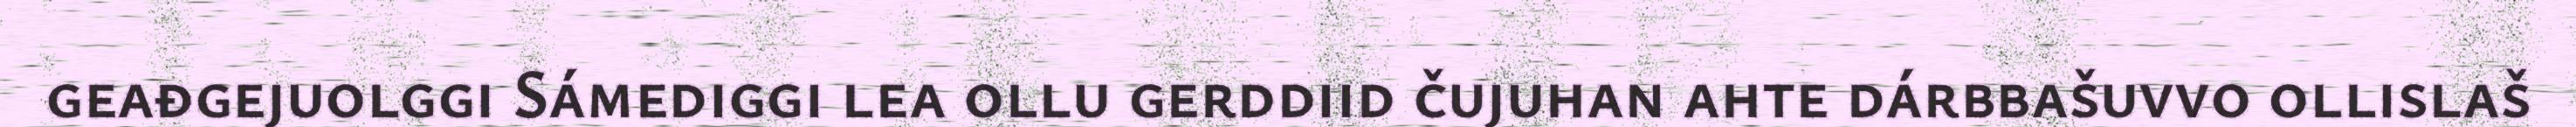
geađgejuolggi Sámediggi lea ollu gerddiid čujuhan ahte dárbbašuvvo ollislaš